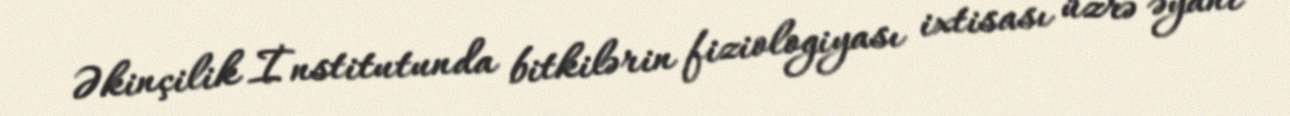
Əkinçilik İnstitutunda bitkilərin fiziologiyası ixtisası üzrə əyani